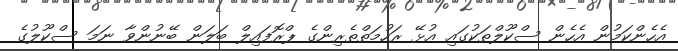
އެހެންކަމުން އެހެން ސްކޫލްތަކުގައި އުޅޭ ރަހުމަތްތެރިންގެ ޕްރޮފައިލް ބަލަން ބޭނުންވާ ނަމަ ސްކޫލުގެ